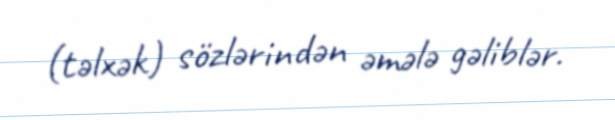
(təlxək) sözlərindən əmələ gəliblər.